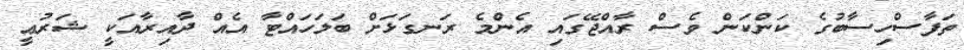
ތަފާސްހިސާބުގެ ކަންކަން ވެސް ރާއްޖޭގައި އެންމެ ރަނގަޅަށް ބަލަހައްޓާ އެއް ދާއިރާއަކީ ޝަރުޢީ